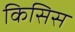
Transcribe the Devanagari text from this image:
किसिस